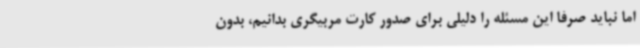
اما نباید صرفا این مسئله را دلیلی برای صدور کارت مربیگری بدانیم، بدون